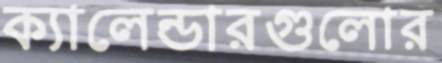
ক্যালেন্ডারগুলোর